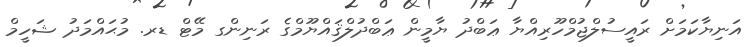
އަނިޔާކަމަށް ރައީސުލްޖުމްހޫރިއްޔާ ޢަބްދު ޔާމީން ޢަބްދުލްޤައްޔޫމްގެ ރަނިންގ މޭޓް ޑރ. މުޙައްމަދު ޝަހީމް